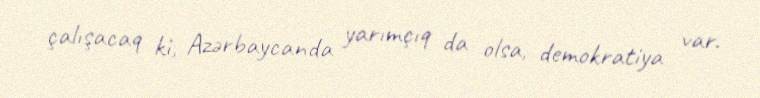
çalışacaq ki, Azərbaycanda yarımçıq da olsa, demokratiya var.